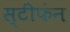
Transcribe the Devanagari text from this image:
स्टीफंन